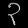
Digit: ၃